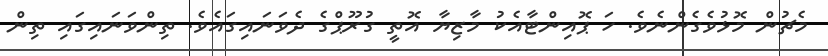
މެޗުން މޮޅުވެގެންނެވެ. ހަ ޕޮއިންޓާއެކު މާޒިޔާ އޮތީ ގުރޫޕްގެ ދެވަނައިގައެވެ. ތިންވަނައިގައި ތިން